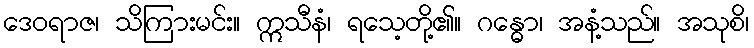
ဒေဝရာဇ၊ သိကြားမင်း။ ဣသီနံ၊ ရသေ့တို့၏။ ဂန္ဓော၊ အနံ့သည်။ အသုစိ၊